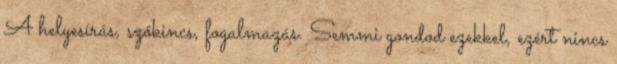
A helyesírás, szókincs, fogalmazás. Semmi gondod ezekkel, ezért nincs